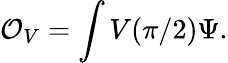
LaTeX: \mathcal{O}_{V}=\int V(\pi/2)\Psi.